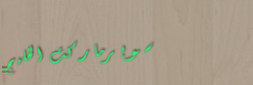
سوبرماركت الخليج